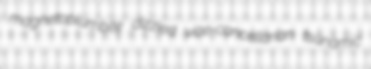
magnetoplumbite dizzied vice-cancellarian tsunamic